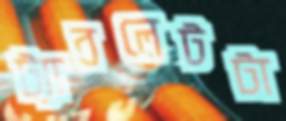
ট্যাবলেটটা